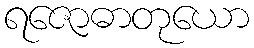
ရဇောဓာတုယော